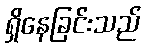
ရှိနေခြင်းသည်